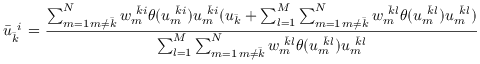
\bar { u } _ { \bar { k } \ } ^ { \ i } = \frac { \sum _ { \substack { m = 1 \, m \neq \bar { k } } } ^ { N } w _ { m \ } ^ { \ \bar { k } i } \theta ( u _ { m \ } ^ { \ \bar { k } i } ) u _ { m \ } ^ { \ \bar { k } i } ( u _ { \bar { k } } + \sum _ { l = 1 } ^ { M } \sum _ { \substack { m = 1 \, m \neq \bar { k } } } ^ { N } w _ { m \ } ^ { \ \bar { k } l } \theta ( u _ { m \ } ^ { \ \bar { k } l } ) u _ { m \ } ^ { \ \bar { k } l } ) } { \sum _ { l = 1 } ^ { M } \sum _ { \substack { m = 1 \, m \neq \bar { k } } } ^ { N } w _ { m \ } ^ { \ \bar { k } l } \theta ( u _ { m \ } ^ { \ \bar { k } l } ) u _ { m \ } ^ { \ \bar { k } l } }